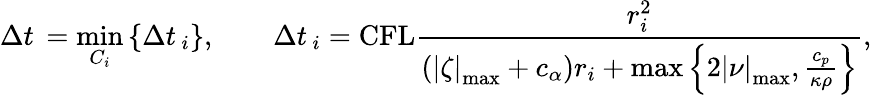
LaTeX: \Delta t\, =\operatorname*{min}_{C_{i}}\left\lbrace\Delta t\, _{i}\right\rbrace,\qquad\Delta t\, _{i}=\textnormal{CFL}\frac{r_{i}^{2}}{(\left|\zeta\right|_{\operatorname*{max}}+c_{\alpha})r_{i}+\operatorname*{max}\left\lbrace 2\left|\nu\right|_{\operatorname*{max}},\frac{{c_{p}}}{\kappa\rho}\right\rbrace},